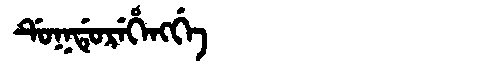
Manchu: ᡩᡠᡴᡩᡠᡵᡝᡥᡝᠩᡤᡝ
Romanization: DUKDUREHENGGE